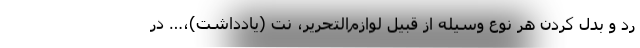
رد و بدل کردن هر نوع وسیله از قبیل لوازم‌التحریر، نت (یادداشت)،… در